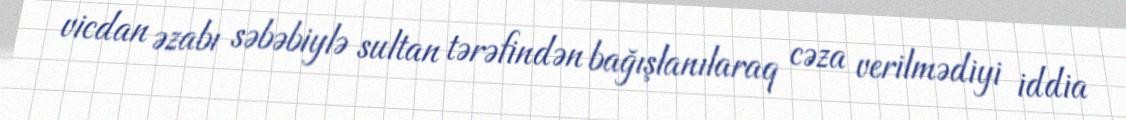
vicdan əzabı səbəbiylə sultan tərəfindən bağışlanılaraq cəza verilmədiyi iddia